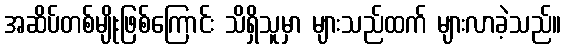
အဆိပ်တစ်မျိုးဖြစ်ကြောင်း သိရှိသူမှာ များသည်ထက် များလာခဲ့သည်။